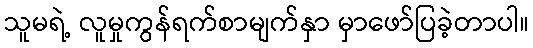
သူမရဲ့ လူမှုကွန်ရက်စာမျက်နှာ မှာဖော်ပြခဲ့တာပါ။